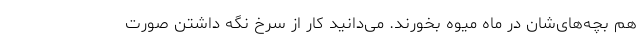
هم بچه‌های‌شان در ماه میوه بخورند. می‌دانید کار از سرخ نگه داشتن صورت